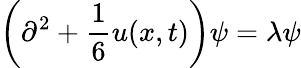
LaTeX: \left(\partial^{2}+{\frac{1}{6}}u(x,t)\right)\psi=\lambda\psi